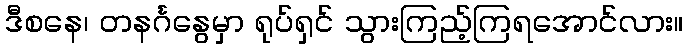
ဒီစနေ၊ တနင်္ဂနွေမှာ ရုပ်ရှင် သွားကြည့်ကြရအောင်လား။